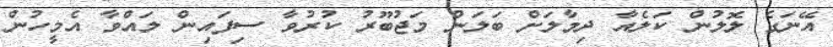
އޭނަަގެ ލޮލުން ކަލެއާ ދިމާލަށް ބަލަން މަޖުބޫރު ކުރުވާ ސިފައިން ލައްވާ އެމީހުން